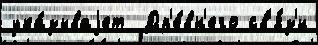
ука́зываjет  Др'е́вн'его св'я́з'и